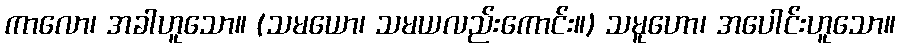
ကာလော၊ အခါဟူသော။ (သမယော၊ သမယလည်းကောင်း။) သမူဟော၊ အပေါင်းဟူသော။